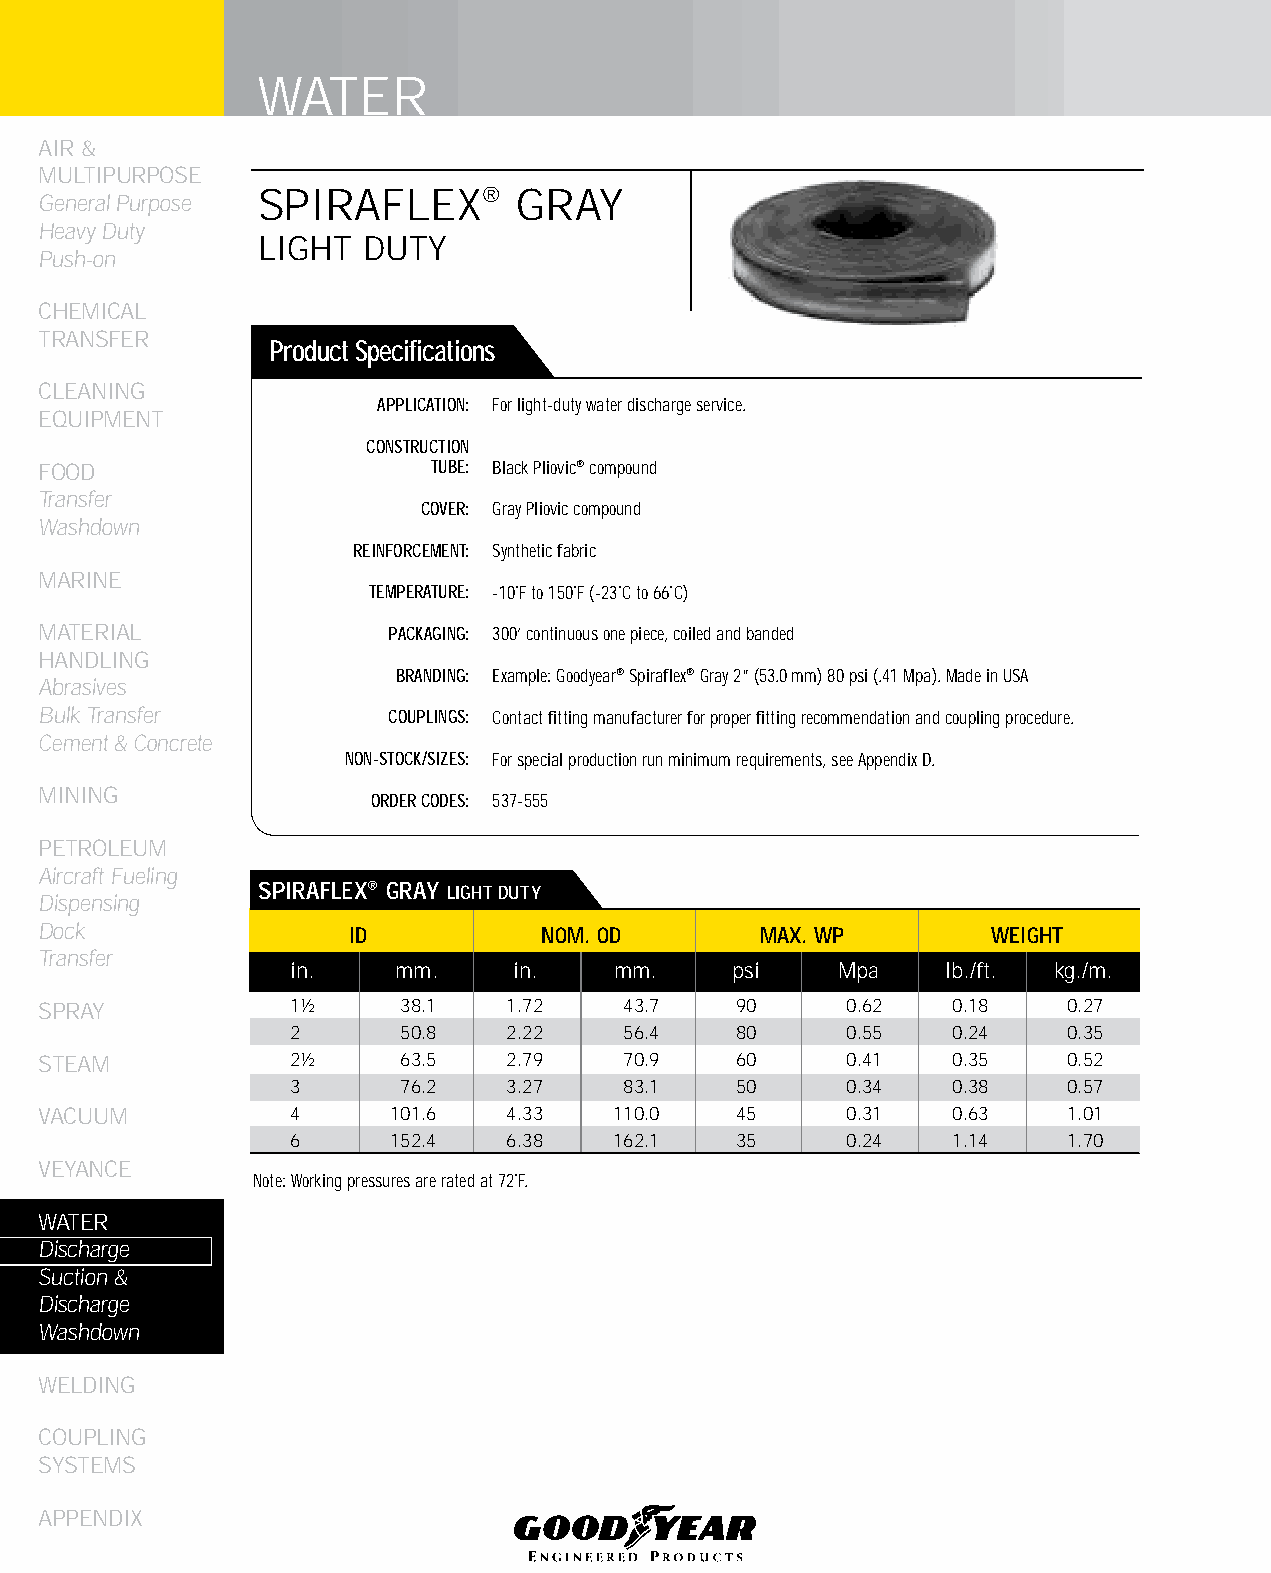
WATER
 AIR &
 MULTIPURPOSE
 SPIRAFLEX®       GRAY
 General Purpose
 Heavy Duty
 LIGHT  DUTY
 Push-on
 CHEMICAL
 TRANSFER
 Product Specifications
 CLEANING
 APPLICATION: For light-duty water discharge service.
 EqUIPMENT
 CONSTRUCTION
 FOOD                      TUBE: Black Pliovic® compound
 Transfer
 COVER: Gray Pliovic compound
 Washdown
 REINFORCEMENT: Synthetic fabric
 MARINE
 TEMPERATURE: -10˚F to 150˚F (-23˚C to 66˚C)
 MATERIAL               PACKAGING: 300’ continuous one piece, coiled and banded
 HANDLING
 BRANDING: Example: Goodyear® Spiraflex® Gray 2” (53.0 mm) 80 psi (.41 Mpa). Made in USA
 Abrasives
 Bulk Transfer          COUPLINGS: Contact fitting manufacturer for proper fitting recommendation and coupling procedure.
 Cement & Concrete
 NON-STOCK/SIZES: For special production run minimum requirements, see Appendix D.
 MINING
 ORDER CODES: 537-555
 PETROLEUM
 Aircraft Fueling
 SPIRAfLEX® GRAy LIGHT DUTy
 Dispensing
 Dock                ID           NOM. OD       MAX. WP         WEIGHT
 Transfer
 in.    mm.     in.    mm.     psi    Mpa    lb./ft. kg./m.
 SPRAY           1½      38.1   1.72   43.7    90     0.62   0.18    0.27
 2       50.8   2.22   56.4    80     0.55   0.24    0.35
 STEAM           2½      63.5   2.79   70.9    60     0.41   0.35    0.52
 3       76.2   3.27   83.1    50     0.34   0.38    0.57
 VACUUM          4      101.6   4.33   110.0   45     0.31   0.63    1.01
 6      152.4   6.38   162.1   35     0.24   1.14    1.70
 VEYANCE
 Note: Working pressures are rated at 72˚F.
 WATER
 Discharge
 Suction &
 Discharge
 Washdown
 WELDING
 COUPLING
 SYSTEMS
 APPENDIX
 220